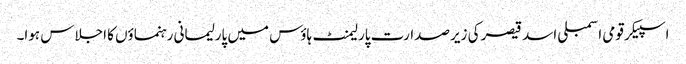
اسپیکر قومی اسمبلی اسد قیصر کی زیرصدارت پارلیمنٹ ہاؤس میں پارلیمانی رہنماؤں کا اجلاس ہوا۔